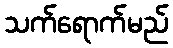
သက်ရောက်မည်